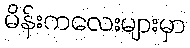
မိန်းကလေးများမှာ